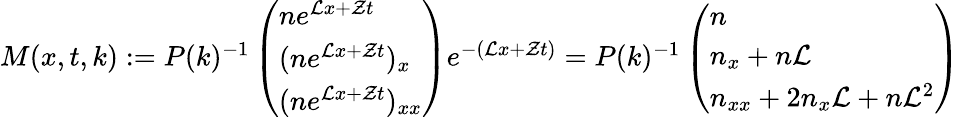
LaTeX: \begin{array}{r}{M(x,t,k):=P(k)^{-1}\left(\begin{array}{l}{ne^{\mathcal{L}x+\mathcal{Z}t}}\\ {(ne^{\mathcal{L}x+\mathcal{Z}t})_{x}}\\ {(ne^{\mathcal{L}x+\mathcal{Z}t})_{xx}}\end{array}\right)e^{-(\mathcal{L}x+\mathcal{Z}t)}=P(k)^{-1}\left(\begin{array}{l}{n}\\ {n_{x}+n\mathcal{L}}\\ {n_{xx}+2n_{x}\mathcal{L}+n\mathcal{L}^{2}}\end{array}\right)}\end{array}